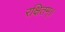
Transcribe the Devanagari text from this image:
रक्षितम्॥